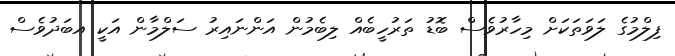
ފިލްމުގެ ލަވަތަކަށް މިހާރުވެސް ބޮޑު ތަރުހީބެއް ލިބެމުން އަންނައިރު ސަލްމާން އަކީ އބަދުވެސް